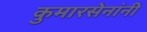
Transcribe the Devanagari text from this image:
कुमारसेनांनी